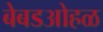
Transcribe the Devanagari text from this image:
बेबडओहळ